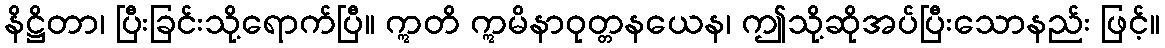
နိဋ္ဌိတာ၊ ပြီးခြင်းသို့ရောက်ပြီ။ ဣတိ ဣမိနာဝုတ္တနယေန၊ ဤသို့ဆိုအပ်ပြီးသောနည်း ဖြင့်။